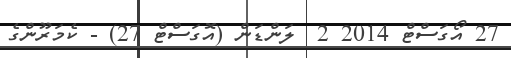
27 އޯގަސްޓް 2014 2  ލަންޑަން (އޮގަސްޓް 27) - ކެމަރޫންގެ